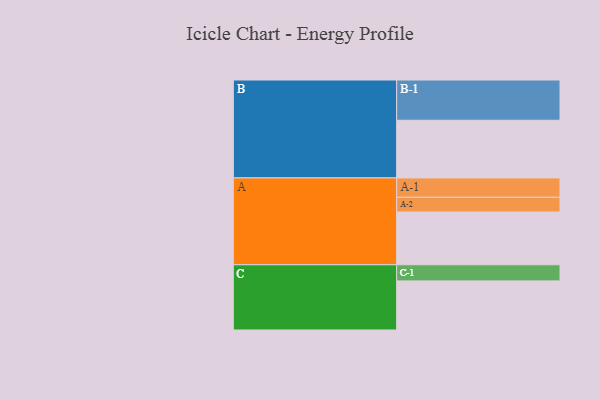
{"axis": {"x": "Segment", "y": "Value"}, "legend": ["", "A", "B", "C"], "data": [{"x": "A", "y": 376, "type": ""}, {"x": "B", "y": 411, "type": ""}, {"x": "C", "y": 350, "type": ""}, {"x": "A-1", "y": 138, "type": "A"}, {"x": "A-2", "y": 105, "type": "A"}, {"x": "B-1", "y": 287, "type": "B"}, {"x": "C-1", "y": 115, "type": "C"}]}